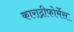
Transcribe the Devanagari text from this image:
काराद्रीफोर्मेस